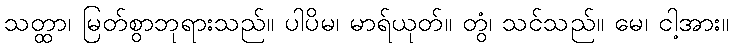
သတ္ထာ၊ မြတ်စွာဘုရားသည်။ ပါပိမ၊ မာရ်ယုတ်။ တွံ၊ သင်သည်။ မေ၊ ငါ့အား။